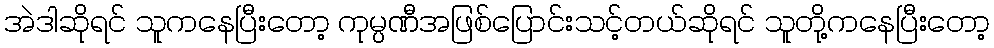
အဲဒါဆိုရင် သူကနေပြီးတော့ ကုမ္ပဏီအဖြစ်ပြောင်းသင့်တယ်ဆိုရင် သူတို့ကနေပြီးတော့